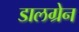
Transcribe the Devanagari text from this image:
डालग्रेन